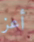
أعز